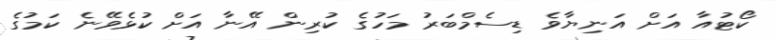
ކޯޓުއާ އަށް އަނިޔާވެ ޑިސެމްބަރު މަހުގެ ކުރިން އޭނާ އަށް ކުޅެވޭނެ ކަމުގެ